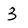
Character: 3